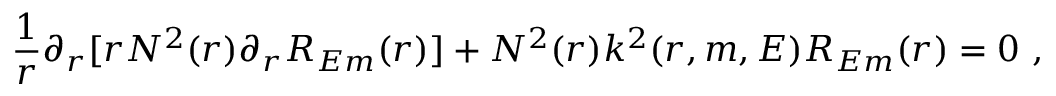
\frac { 1 } { r } \partial _ { r } [ r N ^ { 2 } ( r ) \partial _ { r } R _ { E m } ( r ) ] + N ^ { 2 } ( r ) k ^ { 2 } ( r , m , E ) R _ { E m } ( r ) = 0 ~ ,